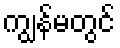
ကျွန်မတွင်